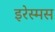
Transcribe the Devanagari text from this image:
इरेस्मस